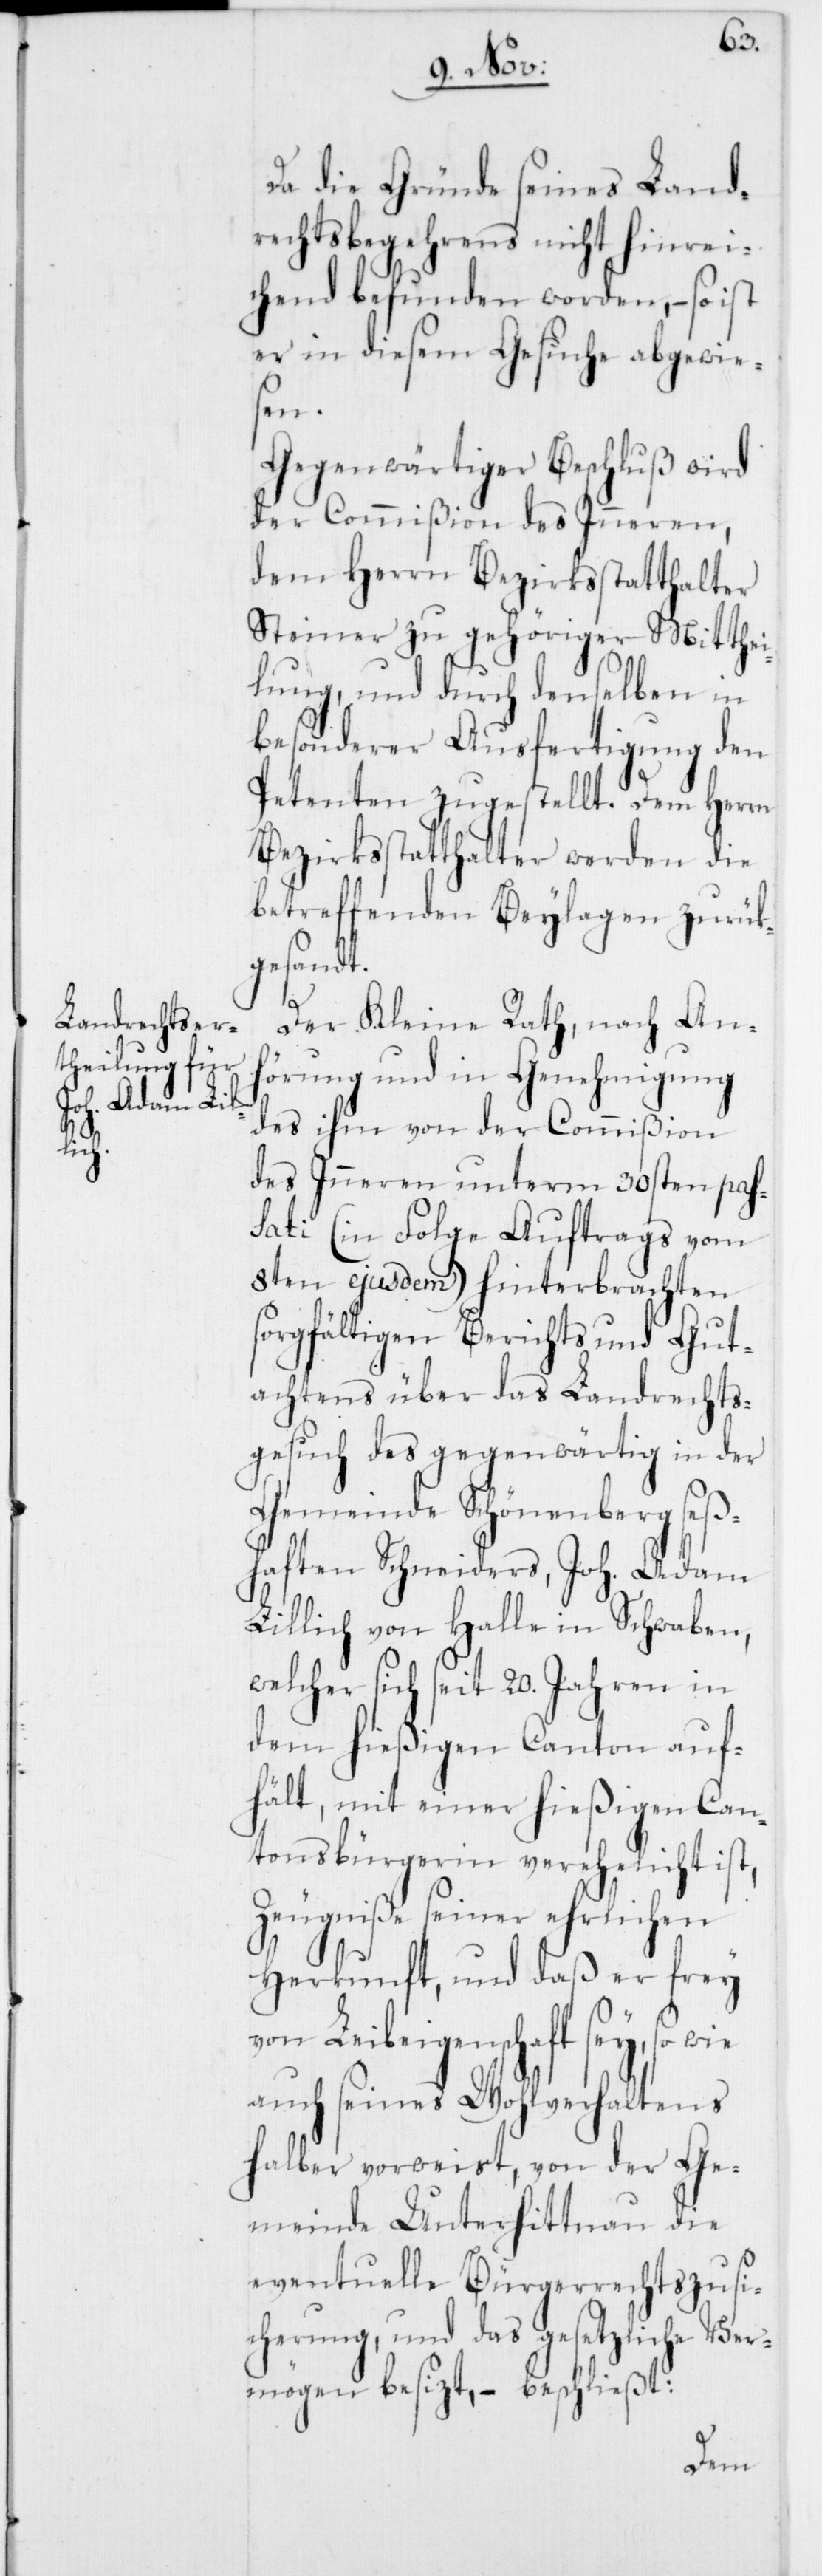
Da die Gründe seines Land¬
rechtsbegehrens nicht hinrei¬
chend befunden worden, – so ist
er in diesem Gesuche abgewie¬
sen.
Gegenwärtiger Beschluß wird
der Commißion des Inneren,
dem Herrn Bezirksstatthalter
Steiner zu gehöriger Mitthei¬
lung, und durch denselben in
besonderer Ausfertigung den
Petenten zugestellt. Dem Herrn
Bezirksstatthalter werden die
betreffenden Beylagen zurük¬
gesandt.
Der Kleine Rath, nach An¬
hörung und in Genehmigung
des ihm von der Commißion
des Inneren unterm 30sten pass¬
ati (in Folge Auftrags vom
8ten ejusdem) hinterbrachten
sorgfältigen Berichts und Gut¬
achtens über das Landrechts¬
gesuch des gegenwärtig in der
Gemeinde Schönenberg seß¬
haften Schneiders, Joh. Adam
Lillich von Halle in Schwaben,
welcher sich seit 20. Jahren in
dem hießigen Canton auf¬
hält, mit einer hießigen Can¬
tonsbürgerin verehelicht ist,
Zeugniße seiner ehrlichen
Herkunft, und daß er frey
von Leibeigenschaft sey, so
auch seines Wolhverhaltens
halber vorweist, von der Ge¬
meinde Unterhittnau die
eventuelle Bürgerrechtszusi¬
cherung, und das gesetzliche Ver¬
mögen besizt, – beschließt: